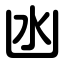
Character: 凼